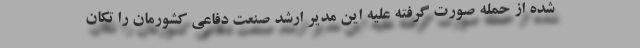
شده از حمله صورت گرفته علیه این مدیر ارشد صنعت دفاعی کشورمان را تکان